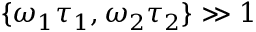
\{ \omega _ { 1 } \tau _ { 1 } , \omega _ { 2 } \tau _ { 2 } \} \gg 1